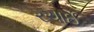
રચાઈ